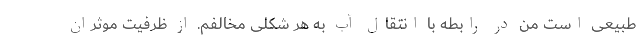
طبیعی است من در رابطه با انتقال آب به هر شکلی مخالفم. از ظرفیت موثران